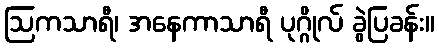
ဩကသာရီ၊ အနေကာသာရီ ပုဂ္ဂိုလ် ခွဲပြခန်း။